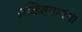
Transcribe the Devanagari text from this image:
उच्छिष्टमातंगी